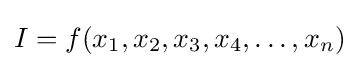
I=f(x_{1},x_{2},x_{3},x_{4},\ldots ,x_{n})